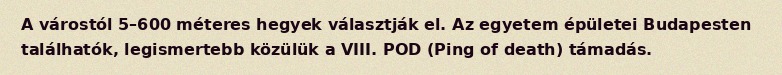
A várostól 5–600 méteres hegyek választják el. Az egyetem épületei Budapesten találhatók, legismertebb közülük a VIII. POD (Ping of death) támadás.